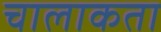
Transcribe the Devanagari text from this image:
चालाकता